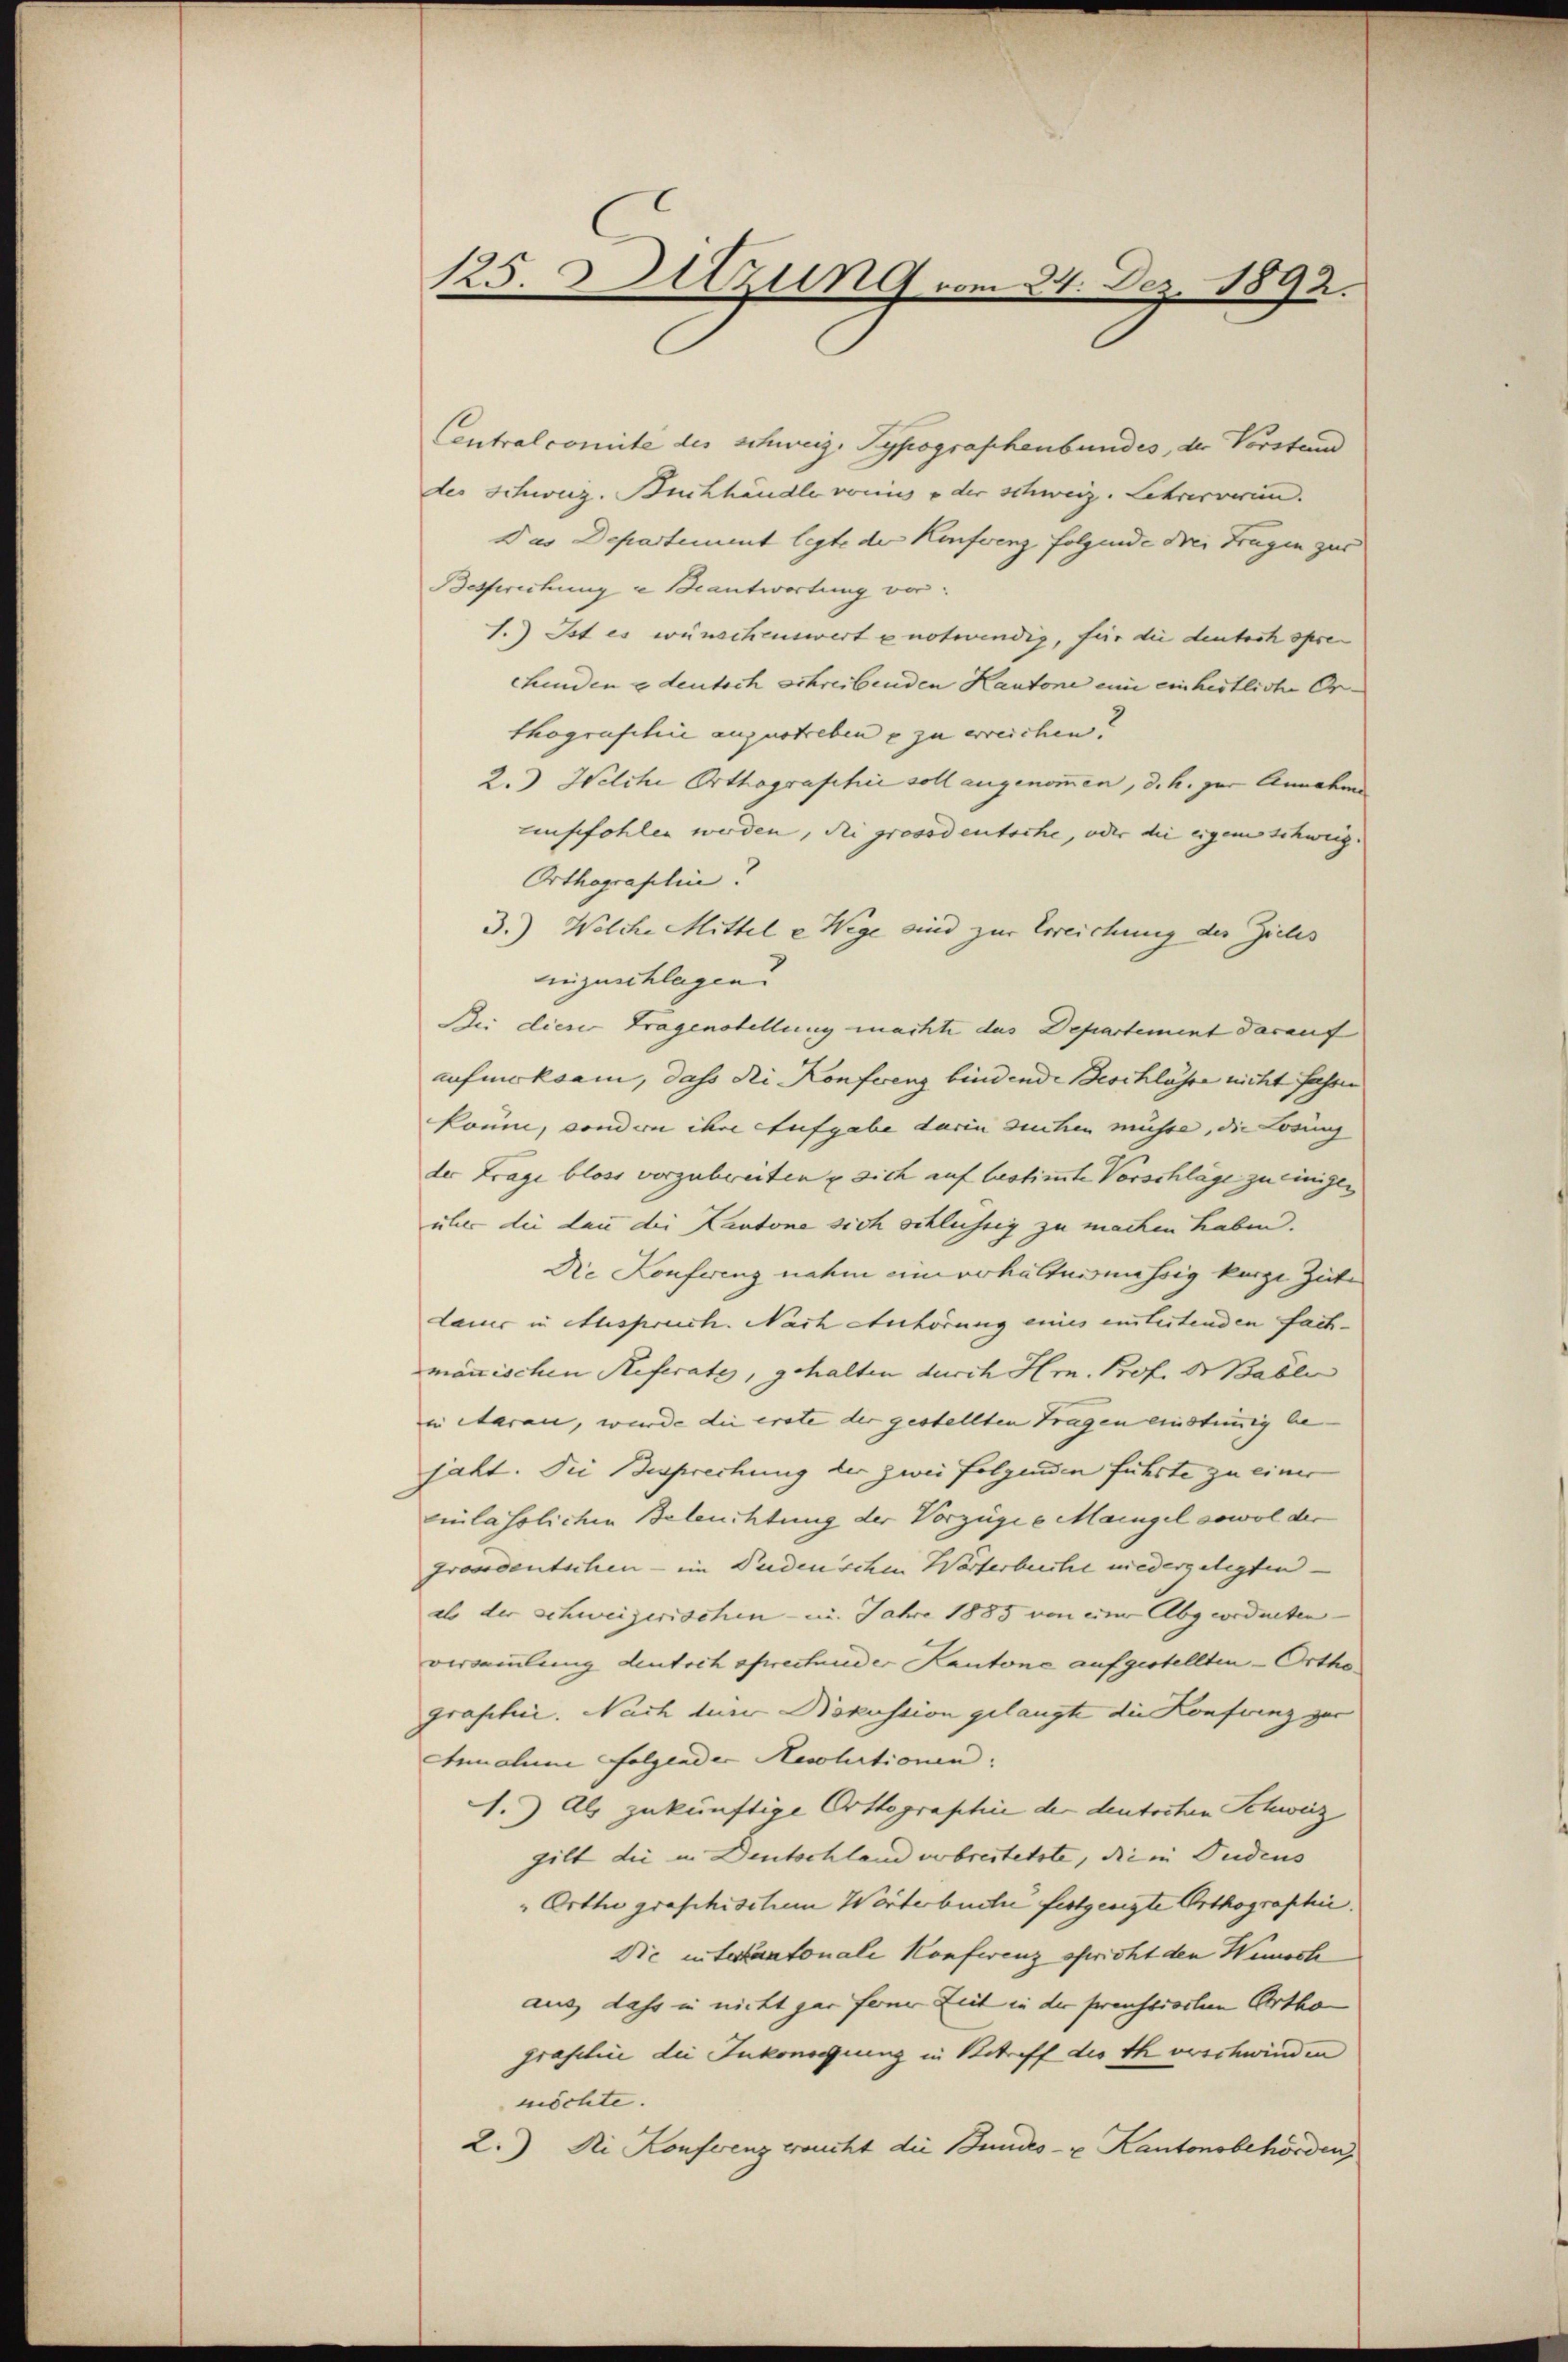
125. Sitzung vom 24. Dez. 1892.

Centralcomite des schweiz. Typographenbundes, der Vorstand
des Schweiz. Buchhändle vorius oder schweiz. Lehrerverein.
Das Departement legte der Konferenz folgende drei Fragen zur
Betfweckung a Beantwortung vor¬
1.) Ist es wünschenswert u notwendig, für die deutsch spre
ehenden edeutsch schreibenden Kantone eine einheitliche Orthografisie augustreben u zu erreichen?
2.) Welche Orthographie soll angenommen, d. h. zur Annahm
empfohlen werden, die grosodentsche, oder die eigem schweiz.
Orthograsilin?
3.) Welche Mittel e Wege sind zur Erreichung des Zieles
einzuschlagen. |
Bei dieser Fragenstellung machte das Departement darauf
aufmerksam, dass die Konferenz bindende Beschlüsse nicht fassen
konm, condon ihre Aufgabe darin suchen müsse, die Losing
der Frage bloss vorzubreiten u sich auf bestimmte Vorschläge zu einigen
über die dan die Kantone sich schlüssig zu machen haben.
Die Konferenz nahm eine verhältnismässig kurze Zeite
dauer in Anspruch. Nach Anhörung eines einleitenden fachmanischen Referates, gehalten durch Hrn. Prof. Dr Babli
in Aarau, wurde die erste der gestellten Tragen einstimmig be-
jaht. Die Besprechung der zwei folgenden führte zu einer
einlässlichen Beleuchtung der Vorzügee Mangel sowol der
groncentschen - im Dudenschen Worterbuche niedergelegten
als der schweizerischen - im Jahre 1885 von einer Abgeordneten
versammlung deutsch sprectunder Kantone aufgestellten Orthe
graphie. Nach turer Bokussion gelangte die Konferenz zur
Annaline Folgender Resolutionen.
A.) Als zukünftige Orttographie der deutschen Schweiz
gilt die in Deutschland verbreitetste, die in Pudens
"Orthographischem Worterbuche festgeneigte Orthographie
Die interkantonale Konferenz spricht den Wunsch
aus dass in nicht gar ferner Zeit in der preussierten Ortho
grafilii die Inkongiung in Betreff die th verschwinden
möchte. |
2.) Die Konferenz ersucht die Bundes- u. Kantonsbehörden